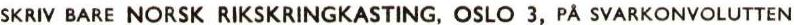
SKRIV BARE NORSK RIKSKRINGKASTING, OSLO 3, PÅ SVARKONVOLUTTEN